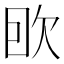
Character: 𰙌